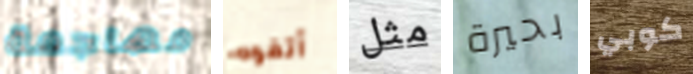
مهاجمة أتفوه مثل بحيرة كوبي